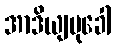
အာဒိယျမုခေါ